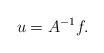
LaTeX: \begin{align*}u=A^{-1}f.\end{align*}